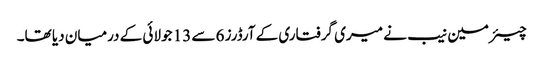
چیئرمین نیب نے میری گرفتاری کے آرڈرز 6 سے 13 جولائی کے درمیان دیا تھا۔